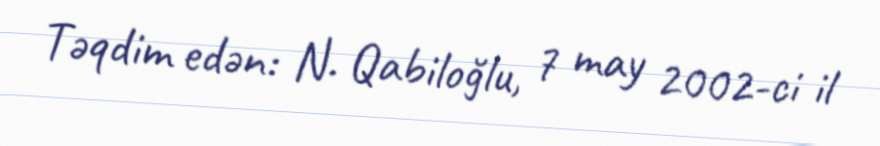
Təqdim edən: N. Qabiloğlu, 7 may 2002-ci il